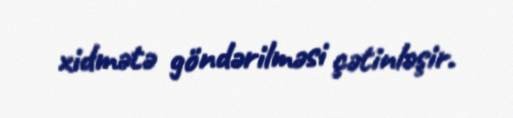
xidmətə göndərilməsi çətinləşir.